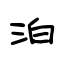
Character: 泊